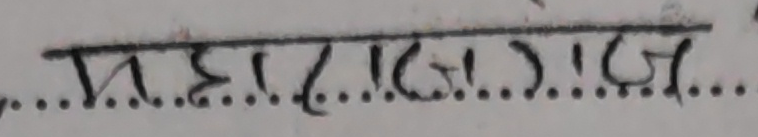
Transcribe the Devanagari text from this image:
महाराज